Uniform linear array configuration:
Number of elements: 24
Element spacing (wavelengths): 1
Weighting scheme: uniform
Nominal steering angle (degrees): -45
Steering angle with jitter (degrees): -45.1
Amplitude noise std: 0.05
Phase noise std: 0.05

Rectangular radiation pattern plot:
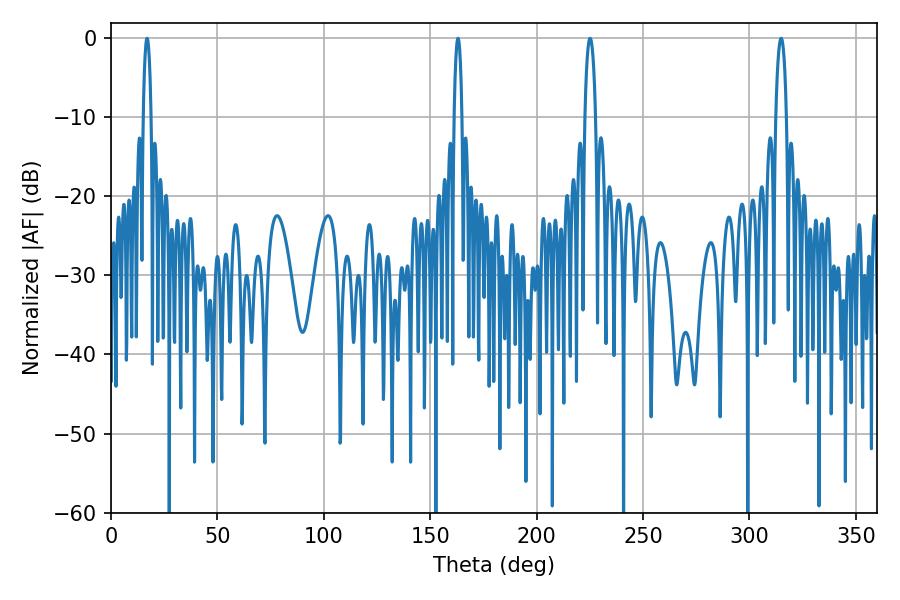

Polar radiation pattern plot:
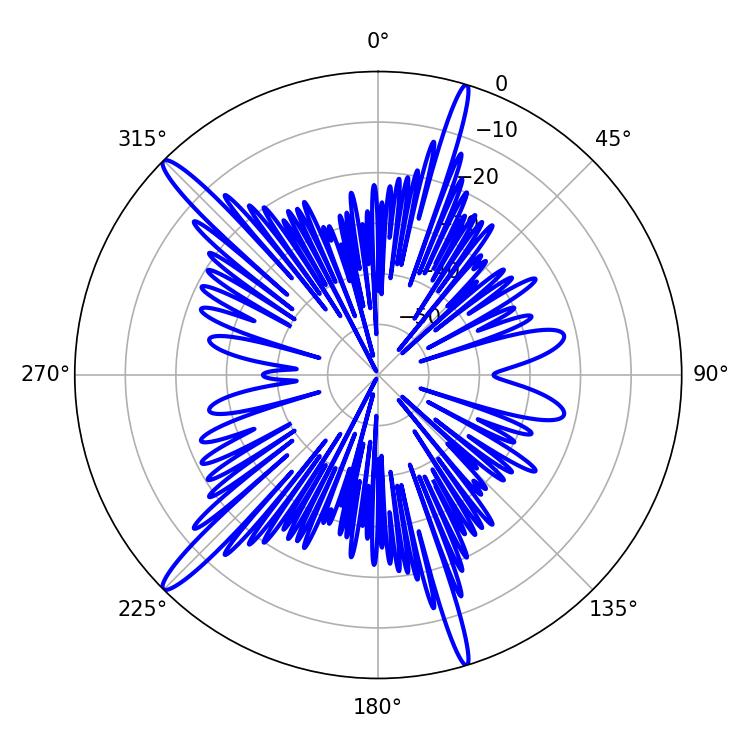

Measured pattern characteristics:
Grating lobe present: TRUE
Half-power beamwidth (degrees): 1.98
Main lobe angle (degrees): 163.08